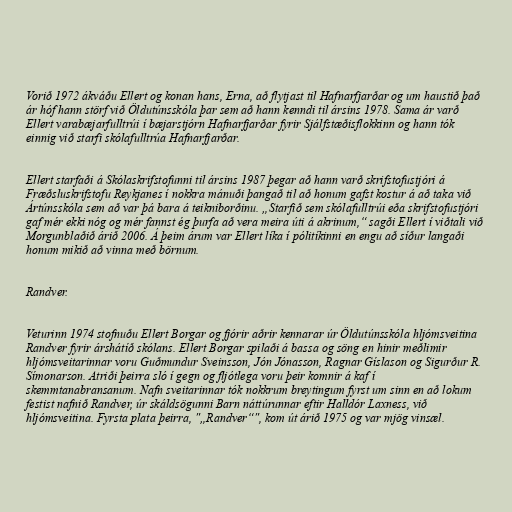
Vorið 1972 ákváðu Ellert og konan hans, Erna, að flytjast til Hafnarfjarðar og um haustið það
ár hóf hann störf við Öldutúnsskóla þar sem að hann kenndi til ársins 1978. Sama ár varð
Ellert varabæjarfulltrúi í bæjarstjórn Hafnarfjarðar fyrir Sjálfstæðisflokkinn og hann tók
einnig við starfi skólafulltrúa Hafnarfjarðar.

Ellert starfaði á Skólaskrifstofunni til ársins 1987 þegar að hann varð skrifstofustjóri á
Fræðsluskrifstofu Reykjanes í nokkra mánuði þangað til að honum gafst kostur á að taka við
Ártúnsskóla sem að var þá bara á teikniborðinu. „Starfið sem skólafulltrúi eða skrifstofustjóri
gaf mér ekki nóg og mér fannst ég þurfa að vera meira úti á akrinum,“ sagði Ellert í viðtali við
Morgunblaðið árið 2006. Á þeim árum var Ellert líka í pólitíkinni en engu að síður langaði
honum mikið að vinna með börnum.

Randver.

Veturinn 1974 stofnuðu Ellert Borgar og fjórir aðrir kennarar úr Öldutúnsskóla hljómsveitina
Randver fyrir árshátíð skólans. Ellert Borgar spilaði á bassa og söng en hinir meðlimir
hljómsveitarinnar voru Guðmundur Sveinsson, Jón Jónasson, Ragnar Gíslason og Sigurður R.
Símonarson. Atriði þeirra sló í gegn og fljótlega voru þeir komnir á kaf í
skemmtanabransanum. Nafn sveitarinnar tók nokkrum breytingum fyrst um sinn en að lokum
festist nafnið Randver, úr skáldsögunni Barn náttúrunnar eftir Halldór Laxness, við
hljómsveitina. Fyrsta plata þeirra, "„Randver“", kom út árið 1975 og var mjög vinsæl.